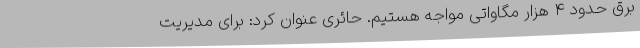
برق حدود ۴ هزار مگاواتی مواجه هستیم. حائری عنوان کرد: برای مدیریت